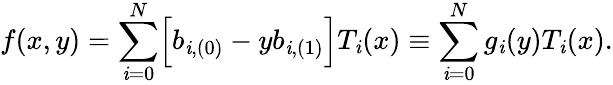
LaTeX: f(x,y)=\sum_{\mathit{i}=0}^{N}\Bigl[b_{\mathit{i},(0)}-yb_{\mathit{i},(1)}\Bigr]T_{\mathit{i}}(x)\equiv\sum_{\mathit{i}=0}^{N}g_{\mathit{i}}(y)T_{\mathit{i}}(x).